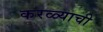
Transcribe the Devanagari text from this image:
करळ्याची